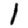
Digit: 1